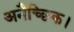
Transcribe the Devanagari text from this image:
अनैच्छिक।